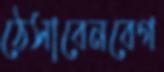
ঠেসাবেনবেগ